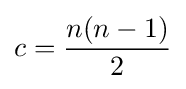
c={\frac {n(n-1)}{2}}